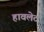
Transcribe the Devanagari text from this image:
हावलेट